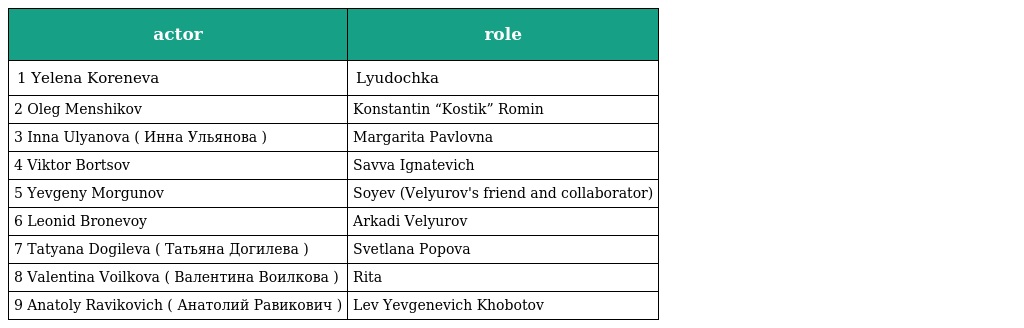
| actor | role |
 | --- | --- |
 | 1 Yelena Koreneva | Lyudochka |
 | 2 Oleg Menshikov | Konstantin “Kostik” Romin |
 | 3 Inna Ulyanova ( Инна Ульянова ) | Margarita Pavlovna |
 | 4 Viktor Bortsov | Savva Ignatevich |
 | 5 Yevgeny Morgunov | Soyev (Velyurov's friend and collaborator) |
 | 6 Leonid Bronevoy | Arkadi Velyurov |
 | 7 Tatyana Dogileva ( Татьяна Догилева ) | Svetlana Popova |
 | 8 Valentina Voilkova ( Валентина Воилкова ) | Rita |
 | 9 Anatoly Ravikovich ( Анатолий Равикович ) | Lev Yevgenevich Khobotov |